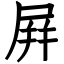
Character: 屛